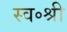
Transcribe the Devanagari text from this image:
स्व॰श्री